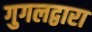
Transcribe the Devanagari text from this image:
गुगलद्वारा